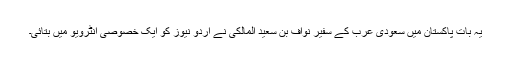
یہ بات پاکستان میں سعودی عرب کے سفیر نواف بن سعيد المالكی نے اردو نیوز کو ایک خصوصی انٹرویو میں بتائی۔